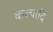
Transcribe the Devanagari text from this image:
कल्पादि